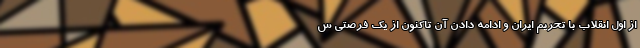
از اول انقلاب با تحریم ایران و ادامه دادن آن تاکنون از یک فرصتی س